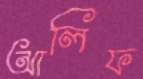
আলিফ